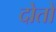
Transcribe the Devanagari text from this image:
दोतों